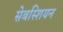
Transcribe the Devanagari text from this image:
सेबस्शियन